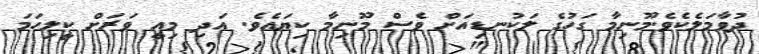
ދުވާމަލެކެވެ.މޫނިމާ ގަހުގެ ލަކުނޑިއަށް ވެސް މޫނިމާ ކިޔައެވެ. އަދި މިއީ ވަރަށް ކީލިހަމަ